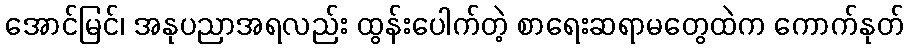
အောင်မြင်၊ အနုပညာအရလည်း ထွန်းပေါက်တဲ့ စာရေးဆရာမတွေထဲက ကောက်နုတ်